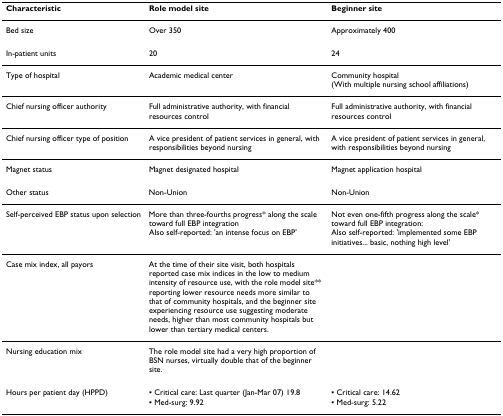
<table><thead><tr><td><b>Characteristic</b></td><td><b>Role model site</b></td><td><b>Beginner site</b></td></tr></thead><tbody><tr><td>Bed size</td><td>Over 350</td><td>Approximately 400</td></tr><tr><td>In-patient units</td><td>20</td><td>24</td></tr><tr><td>Type of hospital</td><td>Academic medical center</td><td>Community hospital (With multiple nursing school affiliations)</td></tr><tr><td>Chief nursing officer authority</td><td>Full administrative authority, with financial resources control</td><td>Full administrative authority, with financial resources control</td></tr><tr><td>Chief nursing officer type of position</td><td>A vice president of patient services in general, with responsibilities beyond nursing</td><td>A vice president of patient services in general, with responsibilities beyond nursing</td></tr><tr><td>Magnet status</td><td>Magnet designated hospital</td><td>Magnet application hospital</td></tr><tr><td>Other status</td><td>Non-Union</td><td>Non-Union</td></tr><tr><td>Self-perceived EBP status upon selection</td><td>More than three-fourths progress* along the scale toward full EBP integrationAlso self-reported: &#x27;an intense focus on EBP&#x27;</td><td>Not even one-fifth progress along the scale* toward full EBP integration:Also self-reported: &#x27;implemented some EBP initiatives... basic, nothing high level&#x27;</td></tr><tr><td>Case mix index, all payors</td><td>At the time of their site visit, both hospitals reported case mix indices in the low to medium intensity of resource use, with the role model site** reporting lower resource needs more similar to that of community hospitals, and the beginner site experiencing resource use suggesting moderate needs, higher than most community hospitals but lower than tertiary medical centers.</td><td></td></tr><tr><td>Nursing education mix</td><td>The role model site had a very high proportion of BSN nurses, virtually double that of the beginner site.</td><td></td></tr><tr><td>Hours per patient day (HPPD)</td><td>▪ Critical care: Last quarter (Jan-Mar 07) 19.8</td><td>▪ Critical care: 14.62</td></tr><tr><td></td><td>▪ Med-surg: 9.92</td><td>▪ Med-surg: 5.22</td></tr></tbody></table>